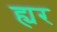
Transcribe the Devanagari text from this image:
ह्यर